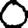
Digit: 0